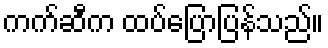
ကက်ဆီက ထပ်ပြောပြန်သည်။